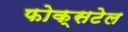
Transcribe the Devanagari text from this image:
फोक्सटेल